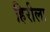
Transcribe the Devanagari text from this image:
हिरीला